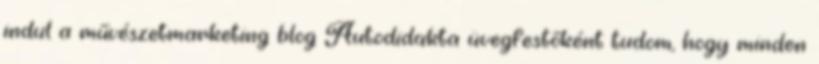
indul a művészetmarketing blog Autodidakta üvegfestőként tudom, hogy minden